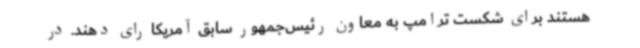
هستند برای شکست ترامپ به معاون رئیس‌جمهور سابق آمریکا رای دهند. در